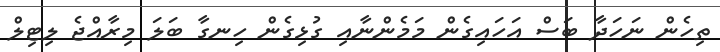
ތިހެން ނަހަދާ ބަސް އަހައިގެން މަމެންނާއި ގުޅިގެން ހިނގާ ބަލަ މިރާއްޖެ ލިޓިލް